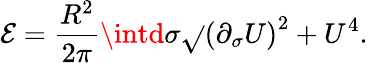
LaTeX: \mathcal{E}=\frac{{R^{2}}}{{2\pi}}\intd\sigma\sqrt{}{{\left(\partial_{\sigma}U\right)^{2}+U^{4}}}.